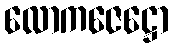
လောကဇေဋ္ဌော